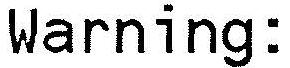
WARNING: